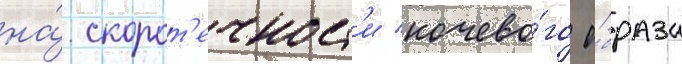
на́ скорот'ечност'и кочево́го о́браза